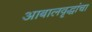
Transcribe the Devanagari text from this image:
आबालवृद्धांचा